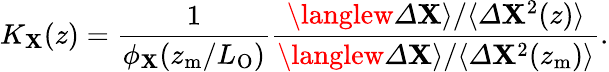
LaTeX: K_{\mathbf{X}}(z)=\frac{{1}}{{\phi_{\mathbf{X}}(z_{\mathrm{{m}}}/L_{\mathrm{{O}}})}}\frac{{\langlew{\mit\Delta}\mathbf{X}\rangle/\langle{\mit\Delta}\mathbf{X}^{2}(z)\rangle}}{{\langlew{\mit\Delta}\mathbf{X}\rangle/\langle{\mit\Delta}\mathbf{X}^{2}(z_{\mathrm{{m}}})\rangle}}.